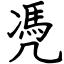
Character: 凴